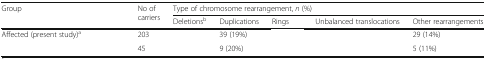
<table><thead><tr><td rowspan="2"><b>Group</b></td><td rowspan="2"><b>No of carriers</b></td><td colspan="5"><b>Type of chromosome rearrangement, <i>n</i> (%)</b></td></tr><tr><td><b>Deletions<sup>b</sup></b></td><td><b>Duplications</b></td><td><b>Rings</b></td><td><b>Unbalanced translocations</b></td><td><b>Other rearrangements</b></td></tr></thead><tbody><tr><td>Affected (present study)<sup>a</sup></td><td>203</td><td>[EMPTY_CELL]</td><td>39 (19%)</td><td>[EMPTY_CELL]</td><td>[EMPTY_CELL]</td><td>29 (14%)</td></tr><tr><td>[EMPTY_CELL]</td><td>45</td><td>[EMPTY_CELL]</td><td>9 (20%)</td><td>[EMPTY_CELL]</td><td>[EMPTY_CELL]</td><td>5 (11%)</td></tr></tbody></table>